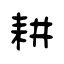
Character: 耕